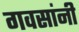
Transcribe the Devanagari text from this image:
गवसांनी